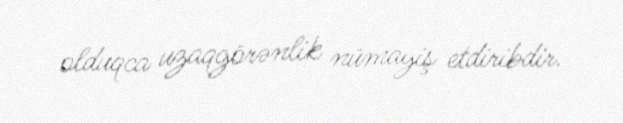
olduqca uzaqgörənlik nümayiş etdiribdir.